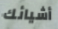
أشيائك